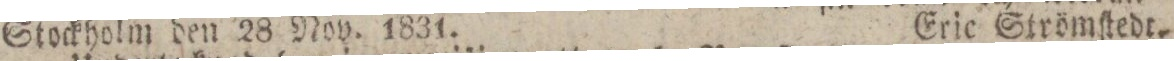
Stockholm den 28 Nov. 1831.    Eric Strömſtedt.